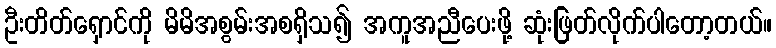
ဦးတိတ်ရှောင်ကို မိမိအစွမ်းအစရှိသ၍ အကူအညီပေးဖို့ ဆုံးဖြတ်လိုက်ပါတော့တယ်။